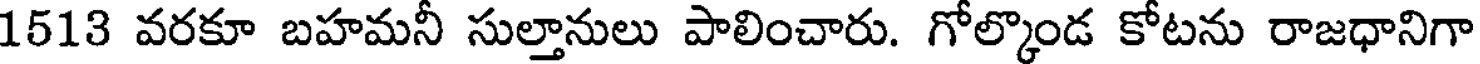
1513 వరకూ బహమనీ సుల్తానులు పాలించారు. గోల్కొండ కోటను రాజధానిగా